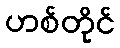
ဟစ်တိုင်